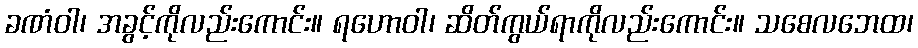
ခဏံဝါ၊ အခွင့်ကိုလည်းကောင်း။ ရဟောဝါ၊ ဆိတ်ကွယ်ရာကိုလည်းကောင်း။ သစေလဘေထ၊